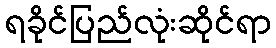
ရခိုင်ပြည်လုံးဆိုင်ရာ